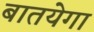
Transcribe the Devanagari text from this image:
बातयेगा